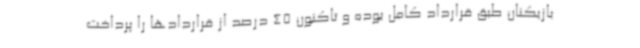
بازیکنان طبق قرارداد کامل بوده و تاکنون 45 درصد از قراردادها را پرداخت